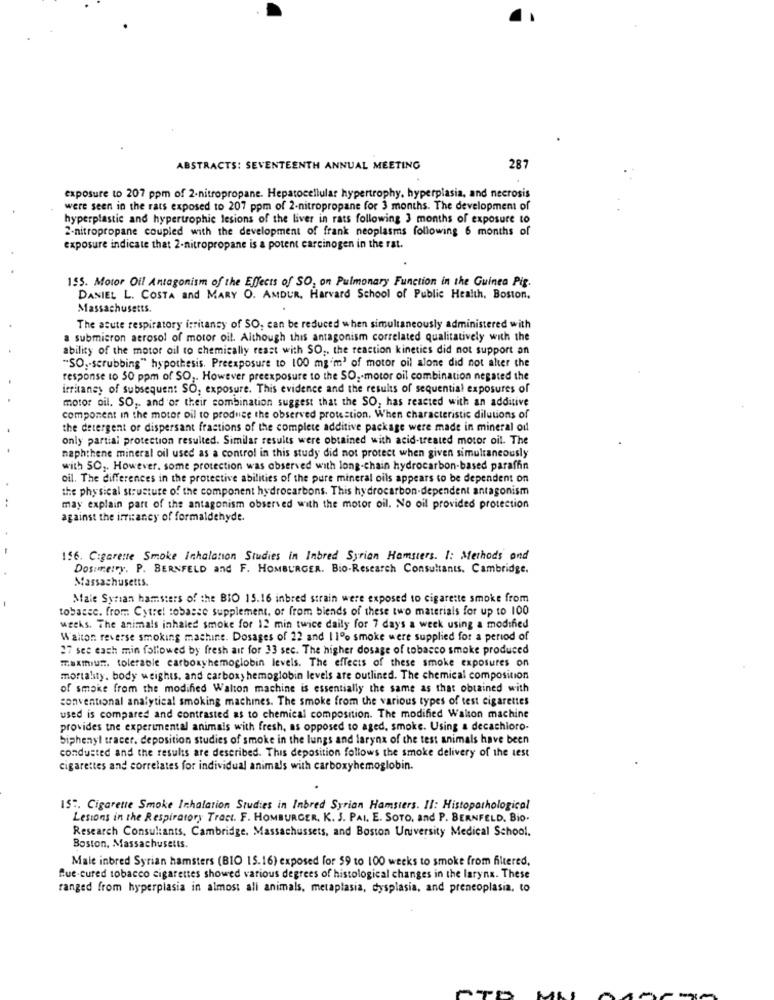
ABSTRACTS: SEVENTEENTH ANNUAL MEETING
287
exposure to 207 ppm of 2-nitropropane. Hepatocellular hypertrophy, hyperplasia, and necrosis
were seen in the rats exposed to 207 ppm of 2-nitropropane for 3 months. The development of
hyperplastic and hypertrophic lesions of the liver in rats following 3 months of exposure to
2-nitropropane coupled with the development of frank neoplasms following 6 months of
exposure indicate that 2-nitropropane is a potent carcinogen in the rat.
155. Motor Oil Antagonism of the Effects of SO, on Pulmonary Function in the Guinea Pig.
DANIEL L. COSTA and MARY O. AMDUR, Harvard School of Public Health, Boston.
Massachusetts.
The acute respiratory irritansy of SO, can be reduced when simultaneously administered with
a submicron aerosol of motor oil. Although this antagonism correlated qualitatively with the
ability of the motor oil to chemically reast with SO ,, the reaction kinetics did not support an
"SO ,- scrubbing" hypothesis. Preexposure to 100 mg'm' of motor oil alone did not ater the
response to 50 ppm of SO ,. However preexposure to the SO, motor oil combination negated the
irritaney of subsequent SO, exposure. This evidence and the results of sequential exposures of
motor oil. SO ,, and or their combination suggest that the SO, has reacted with an additive
component in the motor oil to produce the observed protection. When characteristic dilutions of
the detergent or dispersant frastions of the complete additive package were made in mineral ou
only partial protection resulted. Similar results were obtained with acid-treated motor oil. The
naphthene mineral oil used as a control in this study did not protect when given simultaneously
with 50 ,. However. some protection was observed with long-chain hydrocarbon-based paraffin
oil. The differences in the protective abilities of the pure mineral oils appears to be dependent on
the physical structure of the component hydrocarbons. This hydrocarbon-dependent antagonism
may explain part of the antagonism observed with the motor oil. No oil provided protection
against the irritancy of formaldehyde.
156. Cigarette Smoke Inhalation Studies in Inbred Syrian Hamsters. I: Methods and
Dosimetry. P. BERNFELD and F. HOMBURGER. Bio-Research Consultants. Cambridge.
Massachusetts.
Male Syrian hamsters of the BIO 15.16 inbred strain were exposed to cigarette smoke from
tobacec. from Cytrel tobasse supplement. of from biends of these two materials for up to 100
wecks. The animals inhaled smoke for 12 min twice daily for 7 days a week using a modified
Walton reverse smoking machine. Dosages of 22 and 11% smoke were supplied for a period of
27 see each min followed by fresh air for 33 sec. The higher dosage of tobacco smoke produced
maxmiun. tolerable carboxyhemoglobin levels. The effects of these smoke exposures on
mortality. body weights. and carboxy hemoglobin levels are outlined. The chemical composition
of smoke from the modified Walton machine is essentially the same as that obtained with
conventional analytical smoking machines. The smoke from the various types of test cigarettes
used is compared and contrasted as to chemical composition. The modified Walton machine
provides the experimental animals with fresh, as opposed to aged, smoke. Using a decachioro-
biphenyl tracer. deposition studies of smoke in the lungs and larynx of the test animals have been
conducted and the results are described. This deposition follows the smoke delivery of the test
cigarettes and correlates for individual animals with carboxyhemoglobin.
IS :. Cigarette Smoke Inhalation Studies in Inbred Syrian Hamsters. Il: Histopathological
Lesions in the Respiratory Tract. F. HOMBURGER, K. J. PAI. E. SOTO, and P. BERNFELD. Bio.
Research Consultants, Cambridge. Massachussets, and Boston University Medical School.
Boston, Massachusetts.
Male inbred Syrian hamsters (BIO 15.16) exposed for 59 to 100 weeks to smoke from filtered,
Blue-cured tobacco cigarettes showed various degrees of histological changes in the larynx. These
ranged from hyperplasia in almost all animals, metaplasia, dysplasia, and preneoplasia. to